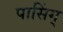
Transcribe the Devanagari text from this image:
पासिंग्